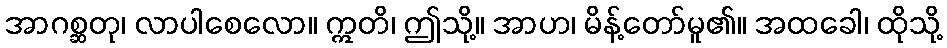
အာဂစ္ဆတု၊ လာပါစေလော။ ဣတိ၊ ဤသို့။ အာဟ၊ မိန့်တော်မူ၏။ အထခေါ၊ ထိုသို့